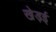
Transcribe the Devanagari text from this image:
खेड़ई